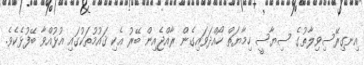
އިނގިރޭސިވިލާތުގެ ސިޔާސީ ހިމާޔަތް ހޯއްދަވައިގެން ރާއްޖެއިން ބޭރު އެކި ޤައުމުތަކުގައި އުޅުއްވާ ބޭފުޅެކެވެ.